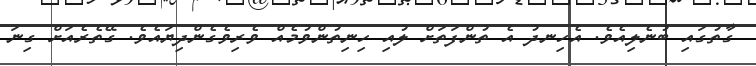
ގާތުގައި ބުނެލިއެވެ. އެހިނދު އެ ތުންފަތަށް ލުއި ހިނިތުންވުމެއް ވެރިވެގެންދިޔައެވެ. ގޭތެރެއަށް ގިނަ